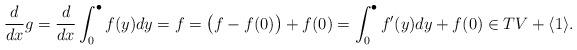
LaTeX: \begin{align*}\frac{d}{dx} g = \frac{d}{dx} \int_0^{\bullet} f(y) dy = f = \big( f - f(0) \big) + f(0) = \int_0^{\bullet} f'(y) dy + f(0) \in T V + \langle 1 \rangle.\end{align*}